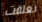
تعلقت